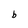
Character: b